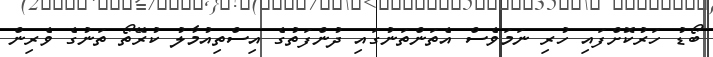
ބޯޑު ހަރުކޮށްފައި ހުރި ނަމަވެސް އެތަންތަނުގައި ދުންފަތުގެ އިސްތިއުމާލު ކުރޭތޯ ތަނުގެ ވެރިން